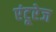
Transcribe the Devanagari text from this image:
एंटूरेज